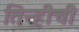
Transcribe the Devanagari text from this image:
तिन्हीची